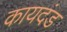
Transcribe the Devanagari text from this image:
कायदंड